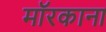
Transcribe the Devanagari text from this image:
मॉरकाना